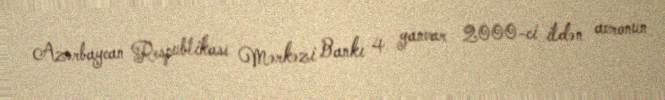
Azərbaycan Respublikası Mərkəzi Bankı 4 yanvar 2000-ci ildən avronun